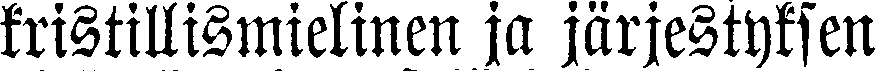
kristillismielinen ja järjestyksen